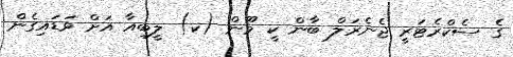
ގެ ސެކްރެޓަރީ ޖެނެރަލް ބާން ކީ މޫން (ކ) ލީބިއާ އަށް ވަޑައިގެން